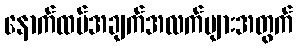
နောက်ထပ်အချက်အလက်များအတွက်